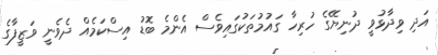
އަދި ވިދާޅުވީ ދުނިޔޭގެ ހުރިހާ ގައުމުތަކުގައިވެސް އެންމެ ބޮޑު އިސްކަމެއް ދެވެނީ ވަޒީފާގެ